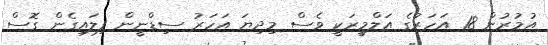
އުމުރުން 18 އަހަރުގެ އަލްމީރަކީ ވެސް މިދިޔަ އަހަރު ސިޑްނީން ފިލައިގެން ގޮސް